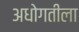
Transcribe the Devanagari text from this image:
अधोगतीला